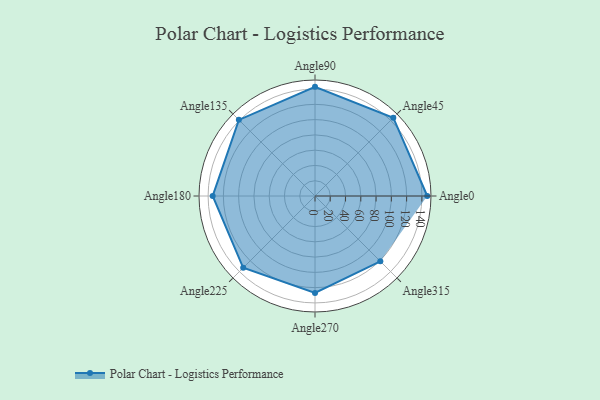
{"axis": {"x": "Angle", "y": "Radius"}, "legend": [""], "data": [{"x": "Angle0", "y": 147.0, "type": ""}, {"x": "Angle45", "y": 145.0, "type": ""}, {"x": "Angle90", "y": 143.0, "type": ""}, {"x": "Angle135", "y": 141.0, "type": ""}, {"x": "Angle180", "y": 134.0, "type": ""}, {"x": "Angle225", "y": 133.0, "type": ""}, {"x": "Angle270", "y": 127.0, "type": ""}, {"x": "Angle315", "y": 121.0, "type": ""}]}